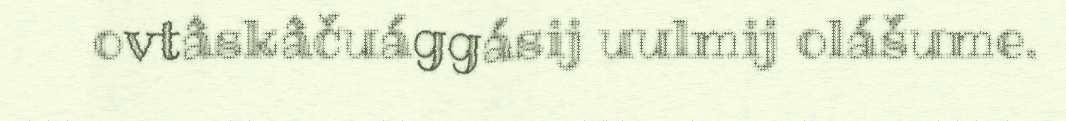
ovtâskâčuággásij uulmij olášume.